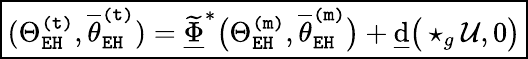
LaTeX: \boxed{(\Theta_{\mathtt{EH}}^{\mathtt{(t)}},\overline{{\theta}}_{\mathtt{EH}}^{\mathtt{(t)}})=\underline{{\widetilde{\Phi}}}^{*}\big(\Theta_{\mathtt{EH}}^{\mathtt{(m)}},\overline{{\theta}}_{\mathtt{EH}}^{\mathtt{(m)}}\big)+\underline{{\mathrm{d}}}\big(\star_{g}\mathcal{U},0\big)}